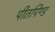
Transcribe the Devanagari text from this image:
पीतपिण्ड